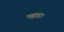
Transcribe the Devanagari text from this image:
पहार।